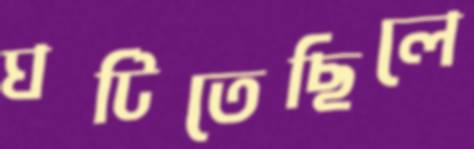
ঘটিতেছিলে